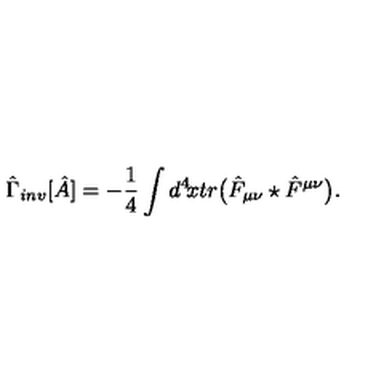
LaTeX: \hat { \Gamma } _ { i n v } [ \hat { A } ] = - { \frac { 1 } { 4 } } \int d ^ { 4 } \! x t r \big ( \hat { F } _ { \mu \nu } \star \hat { F } ^ { \mu \nu } \big ) .